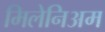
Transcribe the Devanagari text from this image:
मिलेनिअम